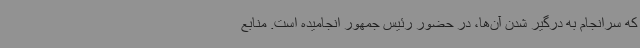
که سرانجام به درگیر شدن آن‌ها، در حضور رئیس جمهور انجامیده است. منابع